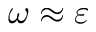
\omega \approx \varepsilon